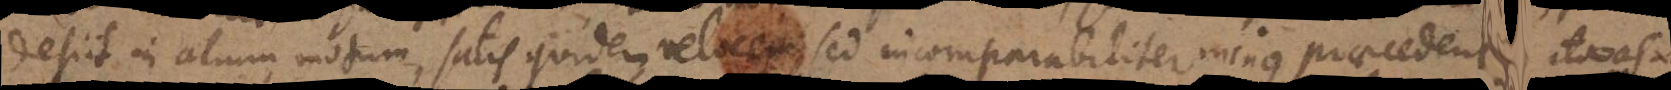
desiit in alium motum, satis quidem velocem sed incomparabaliter minus praecedente, ita as-